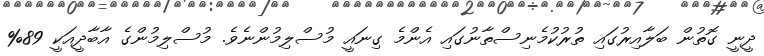
ދީނީ ގޮތުން ބަލާއިރުގައި ތުރުކުމެނިސްތާނުގައި އެންމެ ގިނައީ މުސްލިމުންނެވެ. މުސްލިމުންގެ އާބާދީއަކީ 89%